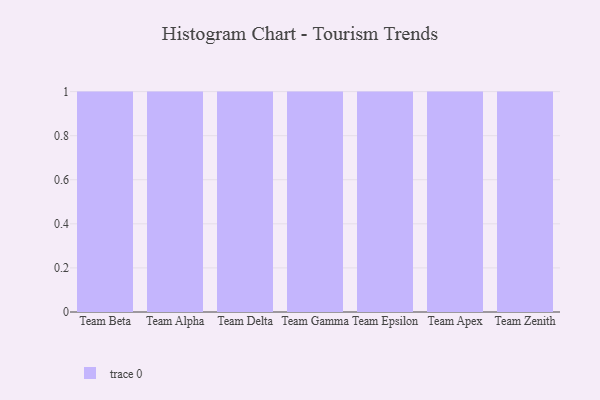
{"axis": {"x": "Team", "y": "Backlog"}, "legend": [""], "data": [{"x": "Team Beta", "y": 18, "type": ""}, {"x": "Team Alpha", "y": 32, "type": ""}, {"x": "Team Delta", "y": 49, "type": ""}, {"x": "Team Gamma", "y": 94, "type": ""}, {"x": "Team Epsilon", "y": 67, "type": ""}, {"x": "Team Apex", "y": 94, "type": ""}, {"x": "Team Zenith", "y": 7, "type": ""}]}